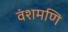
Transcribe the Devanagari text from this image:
वंशमणि